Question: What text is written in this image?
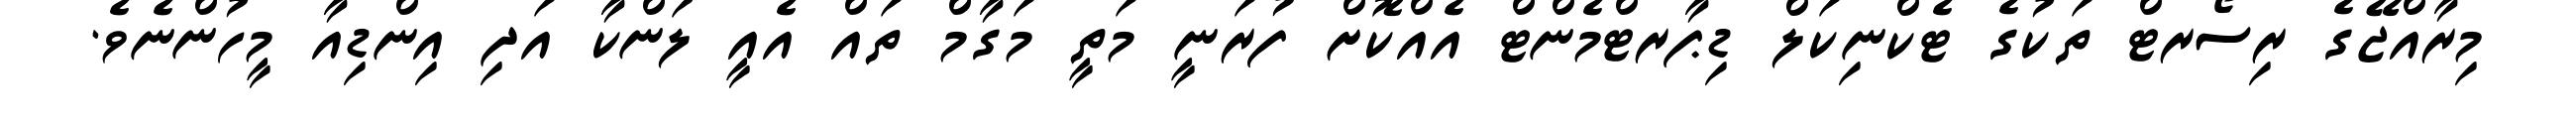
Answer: މިރާއްޖޭގެ ރިސޯރޓް ތަކުގެ ޓެކްނިކަލް ޑިޕާރޓްމެންޓް އެއްކޮށް ފުރަނީ މަތީ މަގާމް ތައް އެއީ ލަންކާ އަދި އިންޑިއާ މީހުންނެވެ.